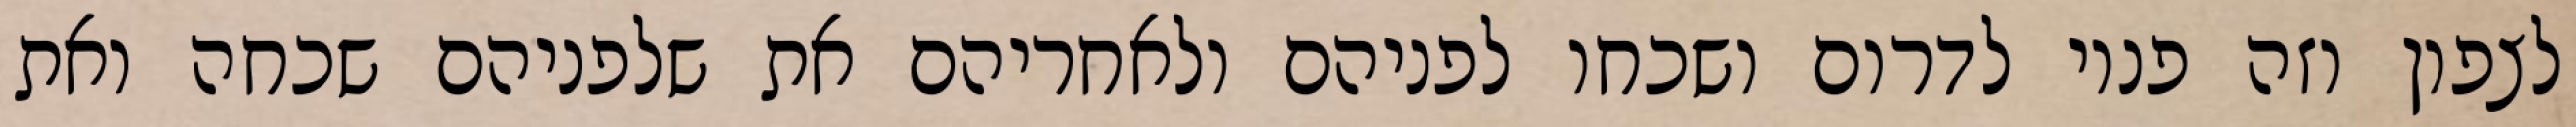
לצפון וזה פניו לדרום ושכחו לפניהם ולאחריהם את שלפניהם שכחה ואת